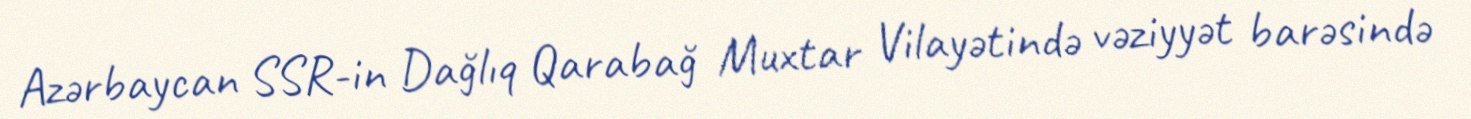
Azərbaycan SSR-in Dağlıq Qarabağ Muxtar Vilayətində vəziyyət barəsində